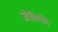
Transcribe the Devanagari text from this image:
जौविकी